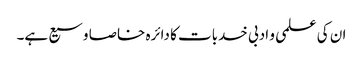
ان کی علمی و ادبی خدبات کا دائرہ خاصا وسیع ہے۔